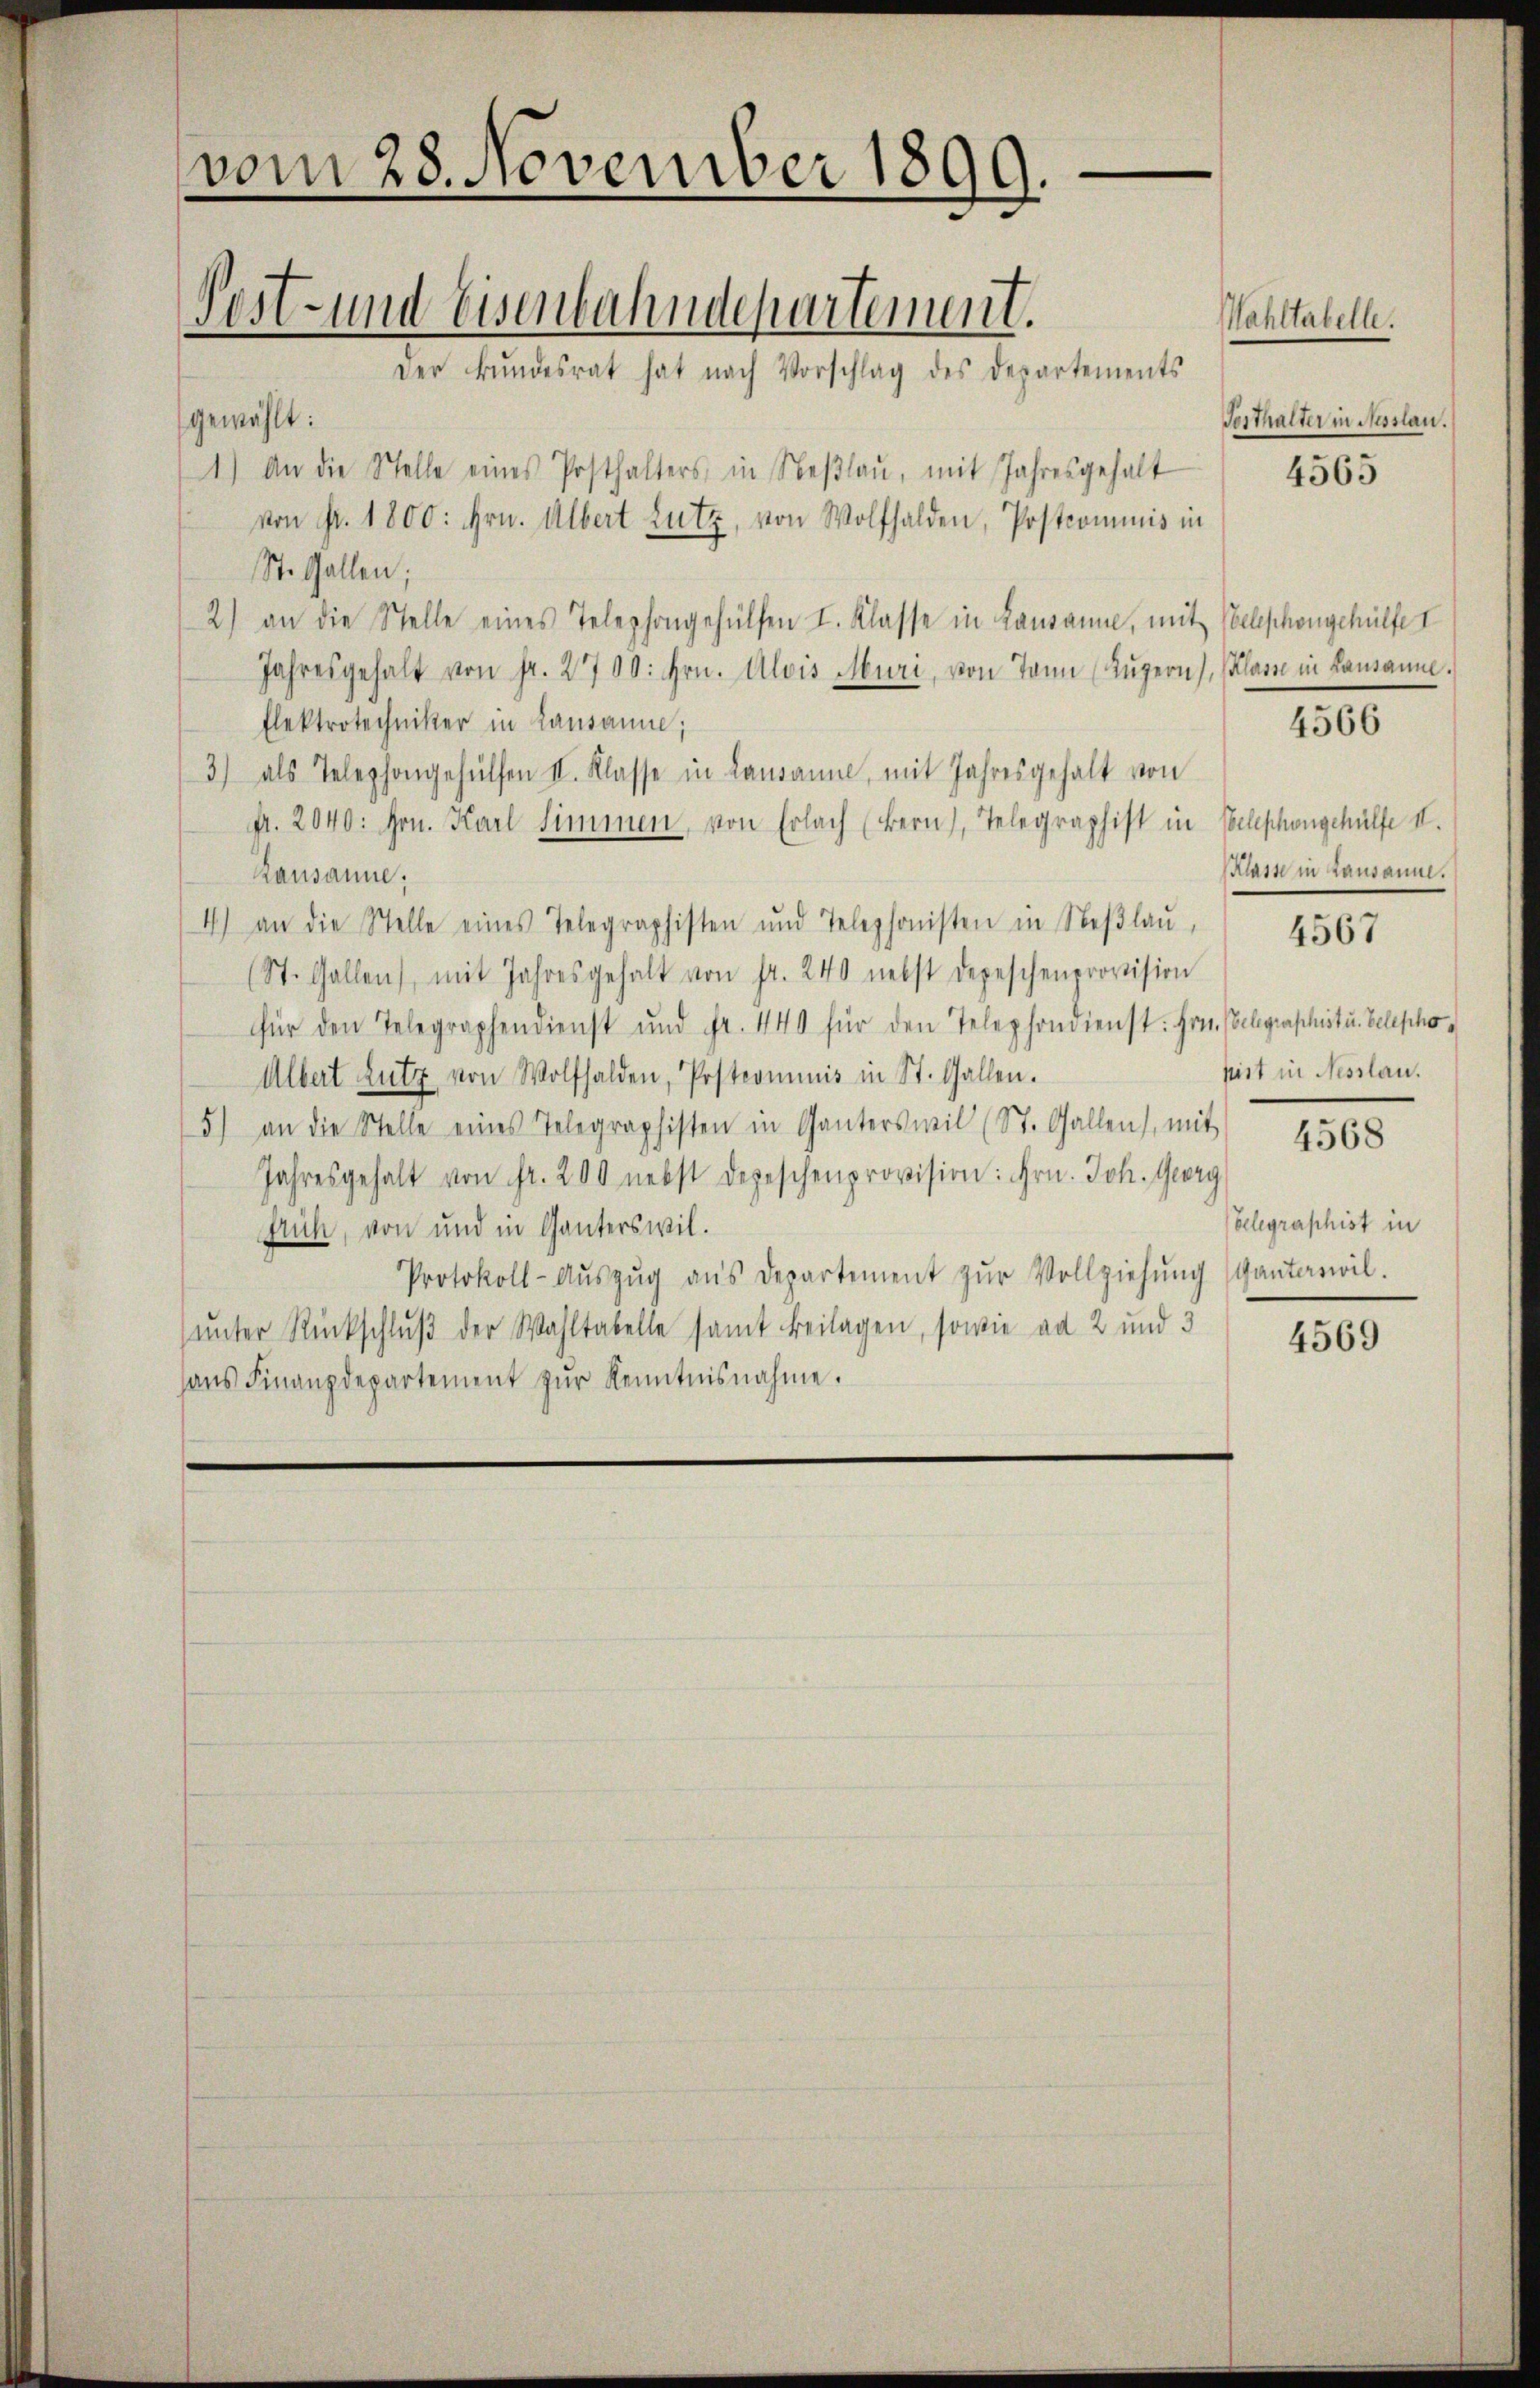
vom 28. November 1899.
Post- und Eisenbahndepartement.
Der Bŭndesrat hat nach Vorschlag des Departements

gewählt:
1.) An die Stelle eines Posthalters, in Neβlaŭ, mit Jahresgehalt
von Fr. 1800: hrn. Albert Lutz, von Wolfhalden, Postcommis in
St. Gallen;
2) an die Stelle eines Telephongehülfen I. Klasse in Lausanne, mit Telephongehülfe
Jahresgehalt von fr. 2700: hrn. Alois Muri, von Tann (Lŭzern, Classe in Lausanne.
Elektrotechniker in Lausanne;
3) als Telephongehülfen II. Klasse in Lausanne, mit Jahresgehalt von
fr. 2040: Hrn. Karl Simmen, von Erlach (Bern), Telegraphist in Telephongehülfe II.
Rausanne;
4) an die Stelle eines Telegraphisten und Telephonisten in Neβlaŭ, 4567
(St. Gallen, mit Jahresgehalt von fr. 240 nebst depeschenprovision
für den Telegraphendienst und Fr. 440 für den Telephondienst: Hrn. Telegraphist u. Telepho¬
Albert Lutz von Wolfhalden, Postcommis in St. Gallen.
5) an die Stelle eines Telegraphisten in Ganterswil (St. Gallen, mit
Jahresgehalt von fr. 200 nebst depeschenprovision: Hrn. Joh. Georg
früh, von und in Ganterswil.
Protokoll-Aŭszŭg aŭs Departement zŭr Vollziehŭng (ganterwil.
ŭnter Rückschlŭβ der Wahltabelle samt beilagen, sowie ad 2 und 3
ans Finanzdepartement zur Kenntnisnahme.

Wahltabelle.

Festhalter in Nesslau.
4565

4566

Plaste in Lausanne.

pist in Nesslau.
4568

(belegraphist in

4569